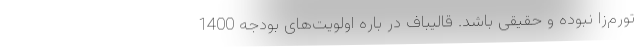
تورم‌زا نبوده و حقیقی باشد. قالیباف در باره اولویت‌های بودجه 1400